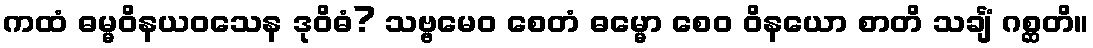
ကထံ ဓမ္မဝိနယဝသေန ဒုဝိဓံ? သဗ္ဗမေဝ စေတံ ဓမ္မော စေဝ ဝိနယော စာတိ သင်္ချံ ဂစ္ဆတိ။